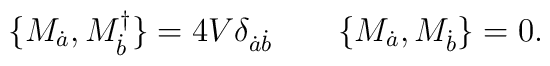
\{M_{\dot a}, M_{\dot b}^\dagger\}=4V\delta_{\dot a\dot b}\qquad\{M_{\dot a}, M_{\dot b}\}=0.